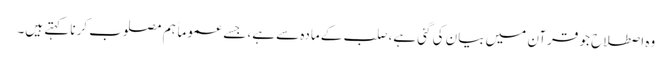
وہ اصطلاح جو قرآن میں بیان کی گئی ہے، صلب کے مادہ سے ہے، جسے عموماً ہم مصلوب کرنا کہتے ہیں۔